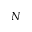
N